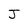
Character: J